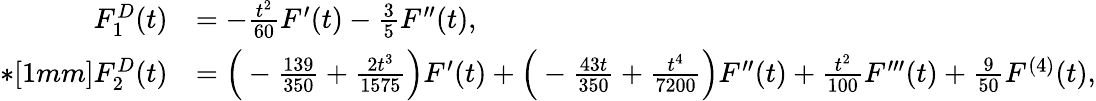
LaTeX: \begin{array}{rl}{F_{1}^{D}(t)}&{=-\frac{t^{2}}{60}F^{\prime}(t)-\frac{3}{5}F^{\prime\prime}(t),}\\ {*[1mm]F_{2}^{D}(t)}&{=\Big(-\frac{139}{350}+\frac{2t^{3}}{1575}\Big)F^{\prime}(t)+\Big(-\frac{43t}{350}+\frac{t^{4}}{7200}\Big)F^{\prime\prime}(t)+\frac{t^{2}}{100}F^{\prime\prime\prime}(t)+\frac{9}{50}F^{(4)}(t),}\end{array}